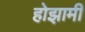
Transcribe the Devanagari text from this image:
होझामी